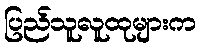
ပြည်သူလူထုများက